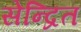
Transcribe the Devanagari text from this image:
सेन्द्रित